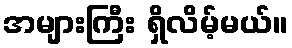
အများကြီး ရှိလိမ့်မယ်။